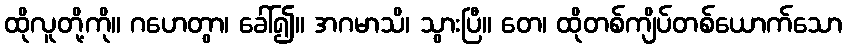
ထိုလူတို့ကို။ ဂဟေတွာ၊ ခေါ်၍။ အဂမာသိ၊ သွားပြီ။ တေ၊ ထိုတစ်ကျိပ်တစ်ယောက်သော